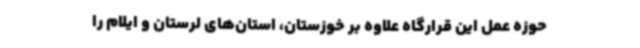
حوزه عمل این قرارگاه علاوه بر خوزستان، استان‌های لرستان و ایلام را